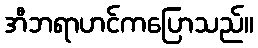
အီဘရာဟင်ကပြောသည်။